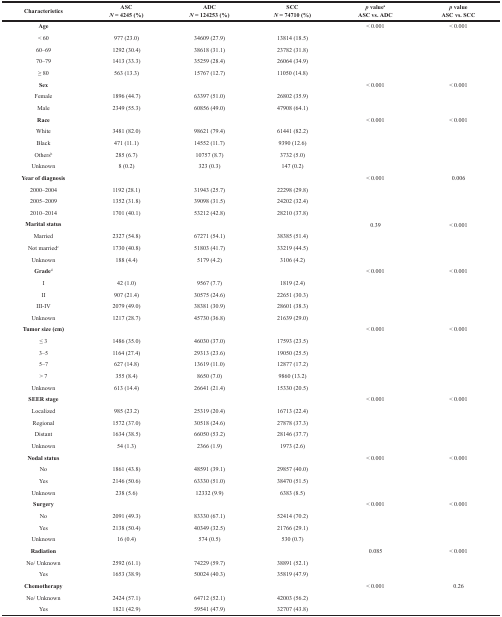
<table><thead><tr><td><b>Characteristics</b></td><td><b>ASC <i>N</i> = 4245 (%)</b></td><td><b>ADC <i>N</i> = 124253 (%)</b></td><td><b>SCC <i>N</i> = 74710 (%)</b></td><td><b><i>p</i> value<sup>a</sup> ASC vs. ADC</b></td><td><b><i>p</i> value ASC vs. SCC</b></td></tr></thead><tbody><tr><td><b>Age</b></td><td></td><td></td><td></td><td>&lt; 0.001</td><td>&lt; 0.001</td></tr><tr><td>&lt; 60</td><td>977 (23.0)</td><td>34609 (27.9)</td><td>13814 (18.5)</td><td></td><td></td></tr><tr><td>60–69</td><td>1292 (30.4)</td><td>38618 (31.1)</td><td>23782 (31.8)</td><td></td><td></td></tr><tr><td>70–79</td><td>1413 (33.3)</td><td>35259 (28.4)</td><td>26064 (34.9)</td><td></td><td></td></tr><tr><td>≥ 80</td><td>563 (13.3)</td><td>15767 (12.7)</td><td>11050 (14.8)</td><td></td><td></td></tr><tr><td><b>Sex</b></td><td></td><td></td><td></td><td>&lt; 0.001</td><td>&lt; 0.001</td></tr><tr><td>Female</td><td>1896 (44.7)</td><td>63397 (51.0)</td><td>26802 (35.9)</td><td></td><td></td></tr><tr><td>Male</td><td>2349 (55.3)</td><td>60856 (49.0)</td><td>47908 (64.1)</td><td></td><td></td></tr><tr><td><b>Race</b></td><td></td><td></td><td></td><td>&lt; 0.001</td><td>&lt; 0.001</td></tr><tr><td>White</td><td>3481 (82.0)</td><td>98621 (79.4)</td><td>61441 (82.2)</td><td></td><td></td></tr><tr><td>Black</td><td>471 (11.1)</td><td>14552 (11.7)</td><td>9390 (12.6)</td><td></td><td></td></tr><tr><td>Others<sup>b</sup></td><td>285 (6.7)</td><td>10757 (8.7)</td><td>3732 (5.0)</td><td></td><td></td></tr><tr><td>Unknown</td><td>8 (0.2)</td><td>323 (0.3)</td><td>147 (0.2)</td><td></td><td></td></tr><tr><td><b>Year of diagnosis</b></td><td></td><td></td><td></td><td>&lt; 0.001</td><td>0.006</td></tr><tr><td>2000–2004</td><td>1192 (28.1)</td><td>31943 (25.7)</td><td>22298 (29.8)</td><td></td><td></td></tr><tr><td>2005–2009</td><td>1352 (31.8)</td><td>39098 (31.5)</td><td>24202 (32.4)</td><td></td><td></td></tr><tr><td>2010–2014</td><td>1701 (40.1)</td><td>53212 (42.8)</td><td>28210 (37.8)</td><td></td><td></td></tr><tr><td><b>Marital status</b></td><td></td><td></td><td></td><td>0.39</td><td>&lt; 0.001</td></tr><tr><td>Married</td><td>2327 (54.8)</td><td>67271 (54.1)</td><td>38385 (51.4)</td><td></td><td></td></tr><tr><td>Not married<sup>c</sup></td><td>1730 (40.8)</td><td>51803 (41.7)</td><td>33219 (44.5)</td><td></td><td></td></tr><tr><td>Unknown</td><td>188 (4.4)</td><td>5179 (4.2)</td><td>3106 (4.2)</td><td></td><td></td></tr><tr><td><b>Grade</b><sup>d</sup></td><td></td><td></td><td></td><td>&lt; 0.001</td><td>&lt; 0.001</td></tr><tr><td>I</td><td>42 (1.0)</td><td>9567 (7.7)</td><td>1819 (2.4)</td><td></td><td></td></tr><tr><td>II</td><td>907 (21.4)</td><td>30575 (24.6)</td><td>22651 (30.3)</td><td></td><td></td></tr><tr><td>III-IV</td><td>2079 (49.0)</td><td>38381 (30.9)</td><td>28601 (38.3)</td><td></td><td></td></tr><tr><td>Unknown</td><td>1217 (28.7)</td><td>45730 (36.8)</td><td>21639 (29.0)</td><td></td><td></td></tr><tr><td><b>Tumor size (cm)</b></td><td></td><td></td><td></td><td>&lt; 0.001</td><td>&lt; 0.001</td></tr><tr><td>≤ 3</td><td>1486 (35.0)</td><td>46030 (37.0)</td><td>17593 (23.5)</td><td></td><td></td></tr><tr><td>3–5</td><td>1164 (27.4)</td><td>29313 (23.6)</td><td>19050 (25.5)</td><td></td><td></td></tr><tr><td>5–7</td><td>627 (14.8)</td><td>13619 (11.0)</td><td>12877 (17.2)</td><td></td><td></td></tr><tr><td>&gt; 7</td><td>355 (8.4)</td><td>8650 (7.0)</td><td>9860 (13.2)</td><td></td><td></td></tr><tr><td>Unknown</td><td>613 (14.4)</td><td>26641 (21.4)</td><td>15330 (20.5)</td><td></td><td></td></tr><tr><td><b>SEER stage</b></td><td></td><td></td><td></td><td>&lt; 0.001</td><td>&lt; 0.001</td></tr><tr><td>Localized</td><td>985 (23.2)</td><td>25319 (20.4)</td><td>16713 (22.4)</td><td></td><td></td></tr><tr><td>Regional</td><td>1572 (37.0)</td><td>30518 (24.6)</td><td>27878 (37.3)</td><td></td><td></td></tr><tr><td>Distant</td><td>1634 (38.5)</td><td>66050 (53.2)</td><td>28146 (37.7)</td><td></td><td></td></tr><tr><td>Unknown</td><td>54 (1.3)</td><td>2366 (1.9)</td><td>1973 (2.6)</td><td></td><td></td></tr><tr><td><b>Nodal status</b></td><td></td><td></td><td></td><td>&lt; 0.001</td><td>&lt; 0.001</td></tr><tr><td>No</td><td>1861 (43.8)</td><td>48591 (39.1)</td><td>29857 (40.0)</td><td></td><td></td></tr><tr><td>Yes</td><td>2146 (50.6)</td><td>63330 (51.0)</td><td>38470 (51.5)</td><td></td><td></td></tr><tr><td>Unknown</td><td>238 (5.6)</td><td>12332 (9.9)</td><td>6383 (8.5)</td><td></td><td></td></tr><tr><td><b>Surgery</b></td><td></td><td></td><td></td><td>&lt; 0.001</td><td>&lt; 0.001</td></tr><tr><td>No</td><td>2091 (49.3)</td><td>83330 (67.1)</td><td>52414 (70.2)</td><td></td><td></td></tr><tr><td>Yes</td><td>2138 (50.4)</td><td>40349 (32.5)</td><td>21766 (29.1)</td><td></td><td></td></tr><tr><td>Unknown</td><td>16 (0.4)</td><td>574 (0.5)</td><td>530 (0.7)</td><td></td><td></td></tr><tr><td><b>Radiation</b></td><td></td><td></td><td></td><td>0.085</td><td>&lt; 0.001</td></tr><tr><td>No/Unknown</td><td>2592 (61.1)</td><td>74229 (59.7)</td><td>38891 (52.1)</td><td></td><td></td></tr><tr><td>Yes</td><td>1653 (38.9)</td><td>50024 (40.3)</td><td>35819 (47.9)</td><td></td><td></td></tr><tr><td><b>Chemotherapy</b></td><td></td><td></td><td></td><td>&lt; 0.001</td><td>0.26</td></tr><tr><td>No/Unknown</td><td>2424 (57.1)</td><td>64712 (52.1)</td><td>42003 (56.2)</td><td></td><td></td></tr><tr><td>Yes</td><td>1821 (42.9)</td><td>59541 (47.9)</td><td>32707 (43.8)</td><td></td><td></td></tr></tbody></table>